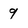
Character: 9